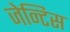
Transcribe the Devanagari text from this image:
जेन्टिस